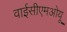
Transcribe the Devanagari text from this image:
वाईसीएमओयू